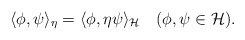
\begin{align*} \langle \phi, \psi \rangle_\eta = \langle \phi, \eta \psi \rangle_\mathcal{H} ~~~(\phi,\psi \in \mathcal{H}). \end{align*}